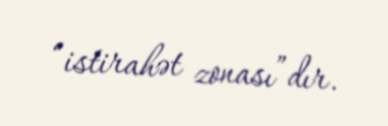
“istirahət zonası”dır.